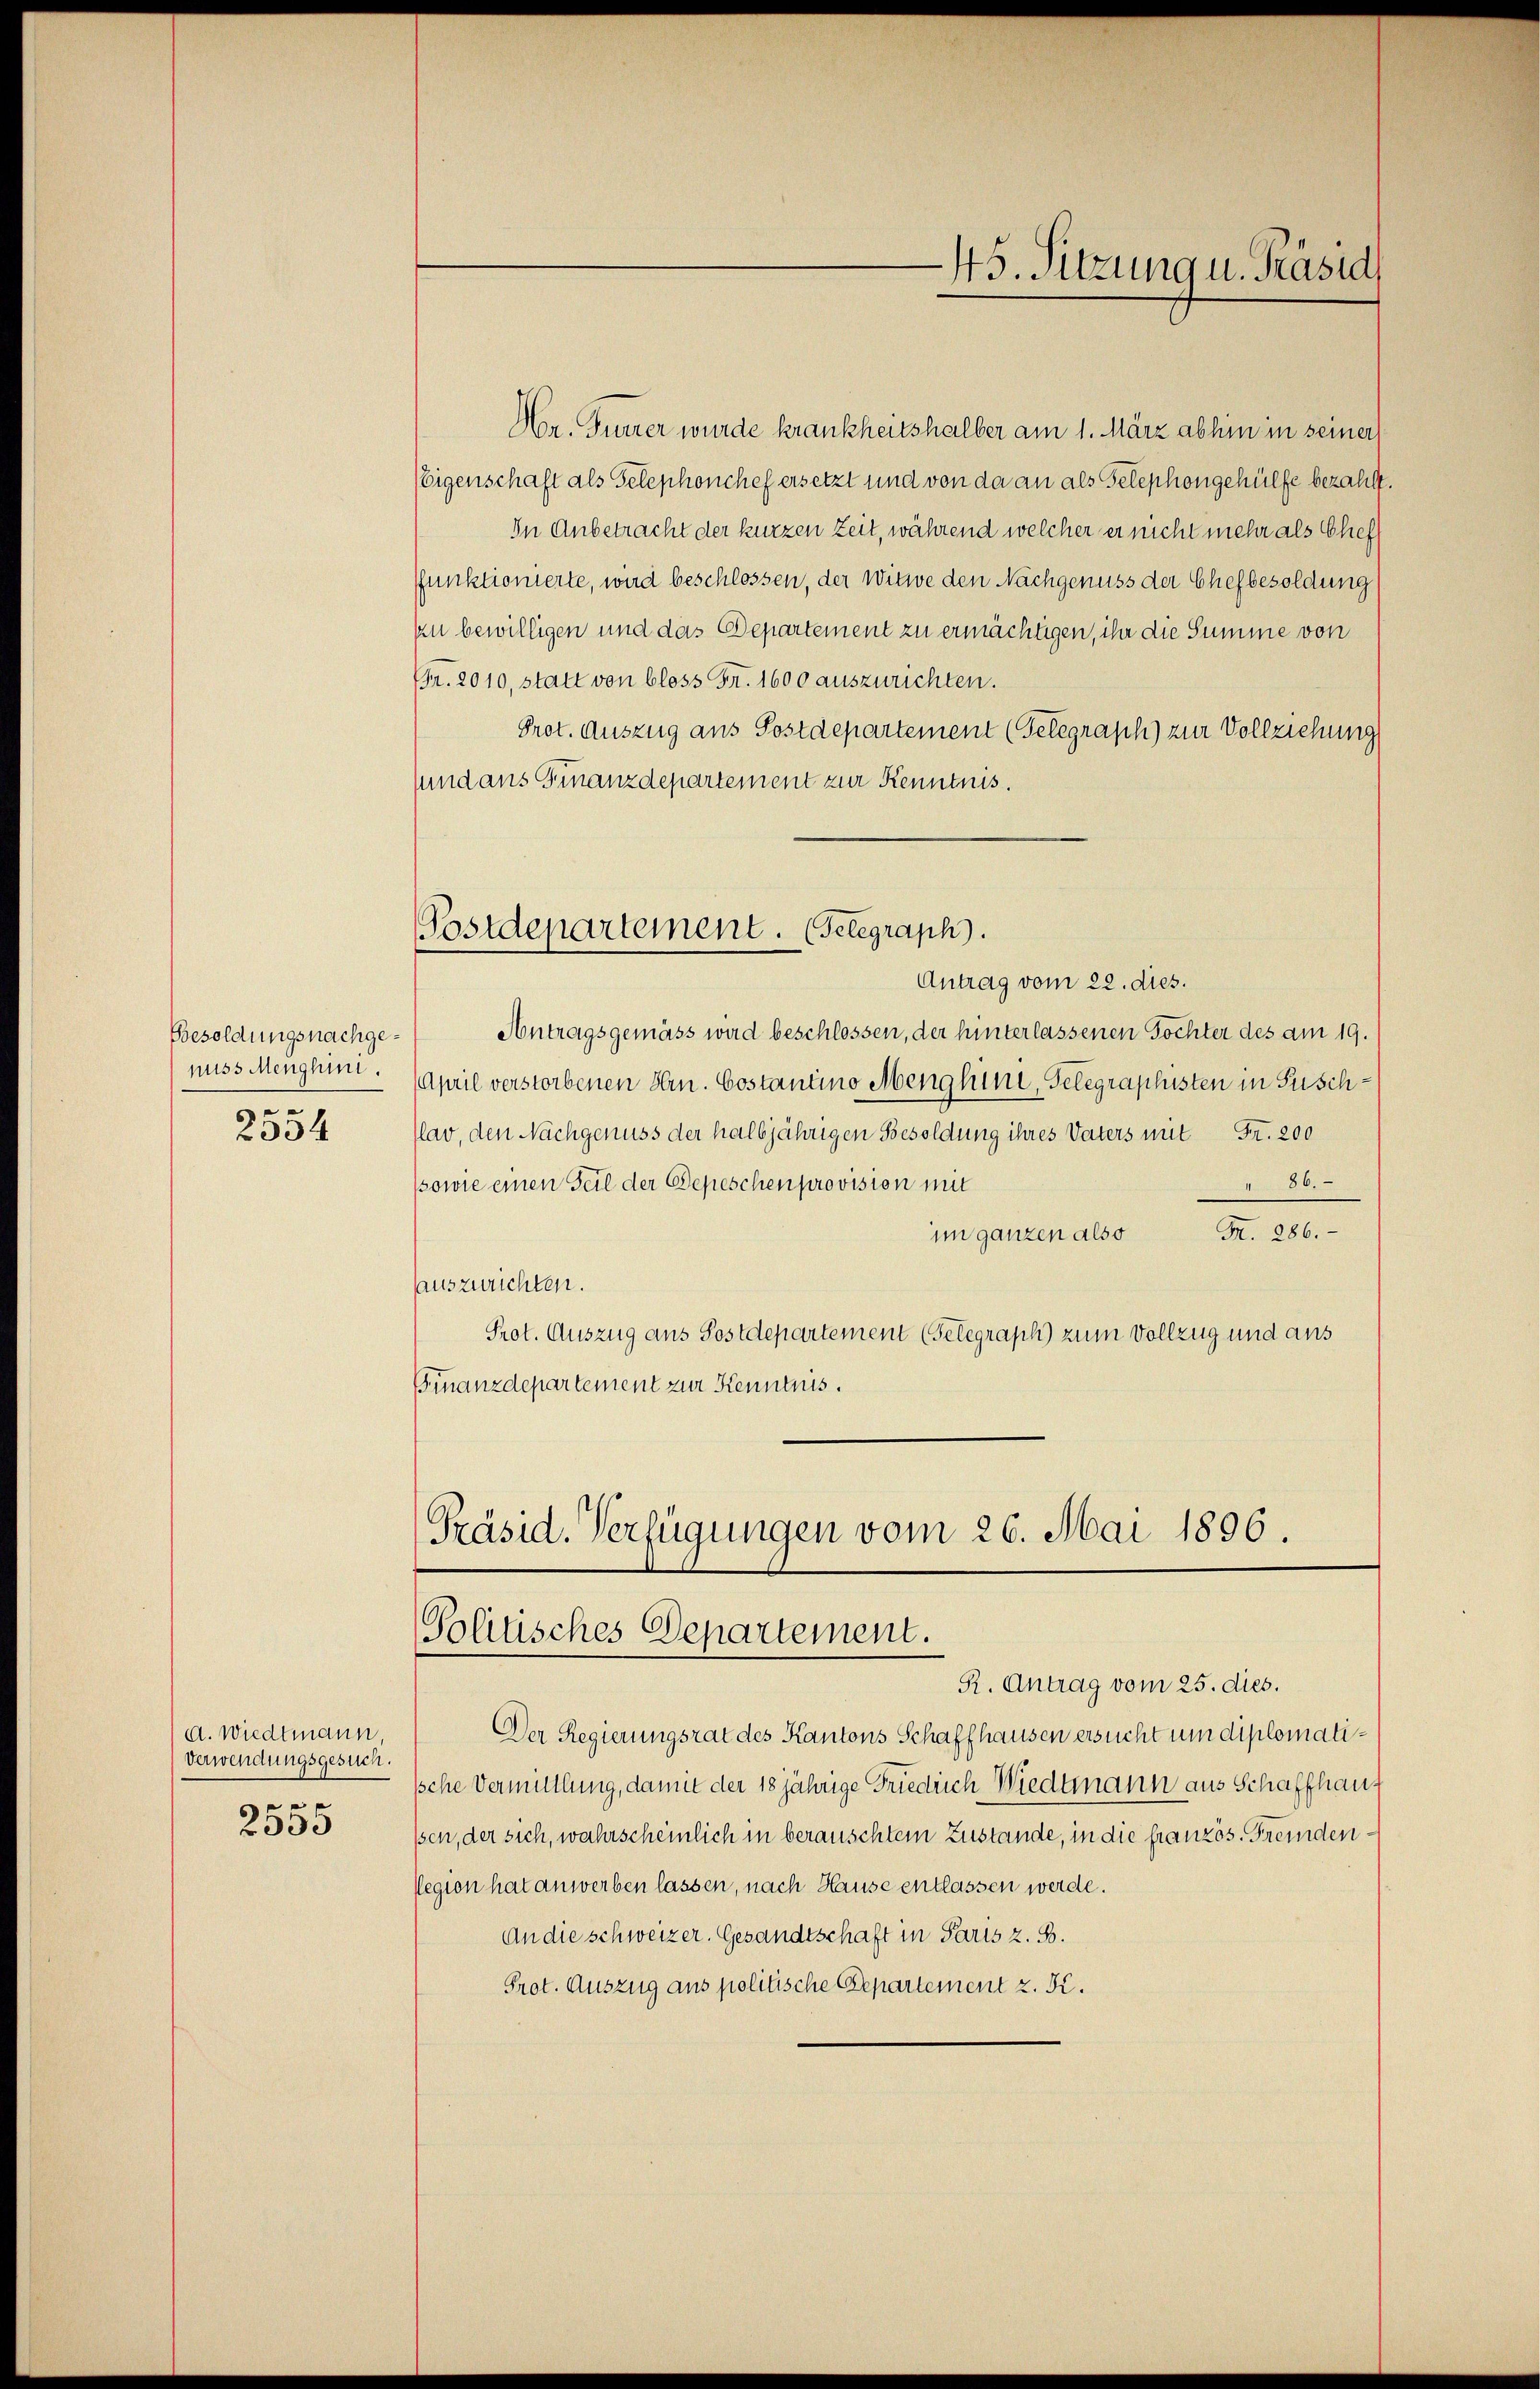
Besoldungsnachgenuss Menghini.
en
2334

d. Wiedtmann
Verwendungsgesuch.
e
2553

45. Sitzung u. Präsid

Hr. Furrer wurde krankheitshalber am 1. März abhin in seiner
Eigenschaft als Telephonchef ersetzt und von da an als Telephongehülfe bezahlt.
In Anbetracht der kurzen Zeit, während welcher er nicht mehr als Chef
funktionierte, wird beschlossen, der Witwe den Nachgenuss der Chef besoldung
an bewilligen und das Departement zu ermächtigen, ihr die Summe von
(Fr. 2010, statt von bloss Fr. 1600 auszurichten.
Prot. Auszug aus Postdepartement (Telegraph) zur Vollziehung
sund aus Finanzdepartement zur Kenntnis.
Postdepartement. (Gelegraph.
Antrag vom 22. dies.
Antragsgemäss wird beschlossen, der hinterlassenen Tochter des am 19.
April verstorbenen Hrn. Costantino Menghini, Telegraphusten in Puschlav, den Nachgenuss der halbjährigen Besoldung ihres Vaters mit Fr. 200
" 86.
(sowie einen Teil der Depeschen provision mit
im ganzen also Fr. 286.
auszurichten.
Prot. Auszug aus Postdepartement (Telegraph) zum Vollzug und aus
Finanzdepartement zur Kenntnis.

Präsid. Verfügungen vom 26. Mai 1896.
Politisches Departement.
R. Antrag vom 25. dies.

Der Regierungsrat des Kantons Schaffhausen ersucht um diplomati¬
Iche Vermutlung, damit der 18jährige Friedrich Wiedtmann aus Schaffhausen, der sich, wahrscheinlich in berauschtem Zustande, in die französ. Fremdenlegion hat anwerben lassen, nach Hause entlassen werde.
An die schweizer. Gesandtschaft in Paris z. B.
Prot. Auszug aus politische Departement z. B.